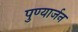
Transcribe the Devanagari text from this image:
पुण्यार्जन